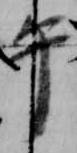
午